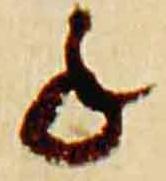
年